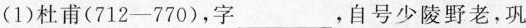
(1)杜甫(712-770)，字___，自号少陵野老，巩